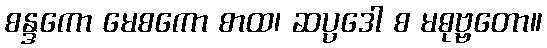
စန္ဒကော မေစကော စာထ၊ ဆပ္ပဒေါ စ မဓုဗ္ဗတော။